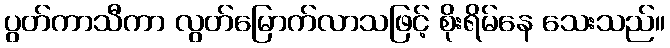
ပွတ်ကာသီကာ လွတ်မြောက်လာသဖြင့် စိုးရိမ်နေ သေးသည်။